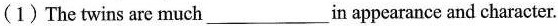
(1)The twins are much___in appearance and character.